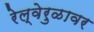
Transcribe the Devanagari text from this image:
रेल्वेरुळावर